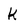
Character: k